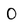
Character: O